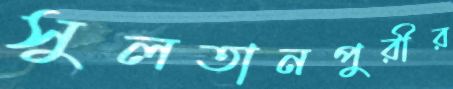
সুলতানপুরীর